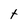
Character: t